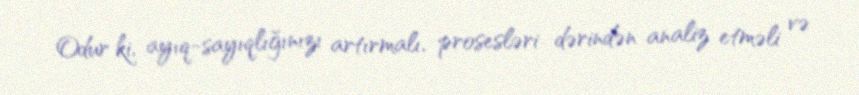
Odur ki, ayıq-sayıqlığınızı artırmalı, prosesləri dərindən analiz etməli və